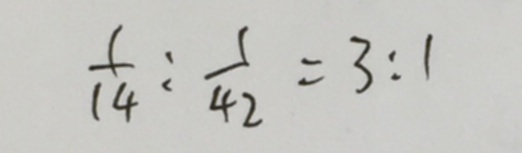
\frac { 1 } { 1 4 } : \frac { 1 } { 4 2 } = 3 : 1